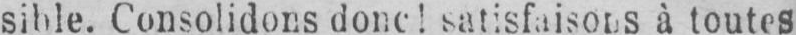
à toutes